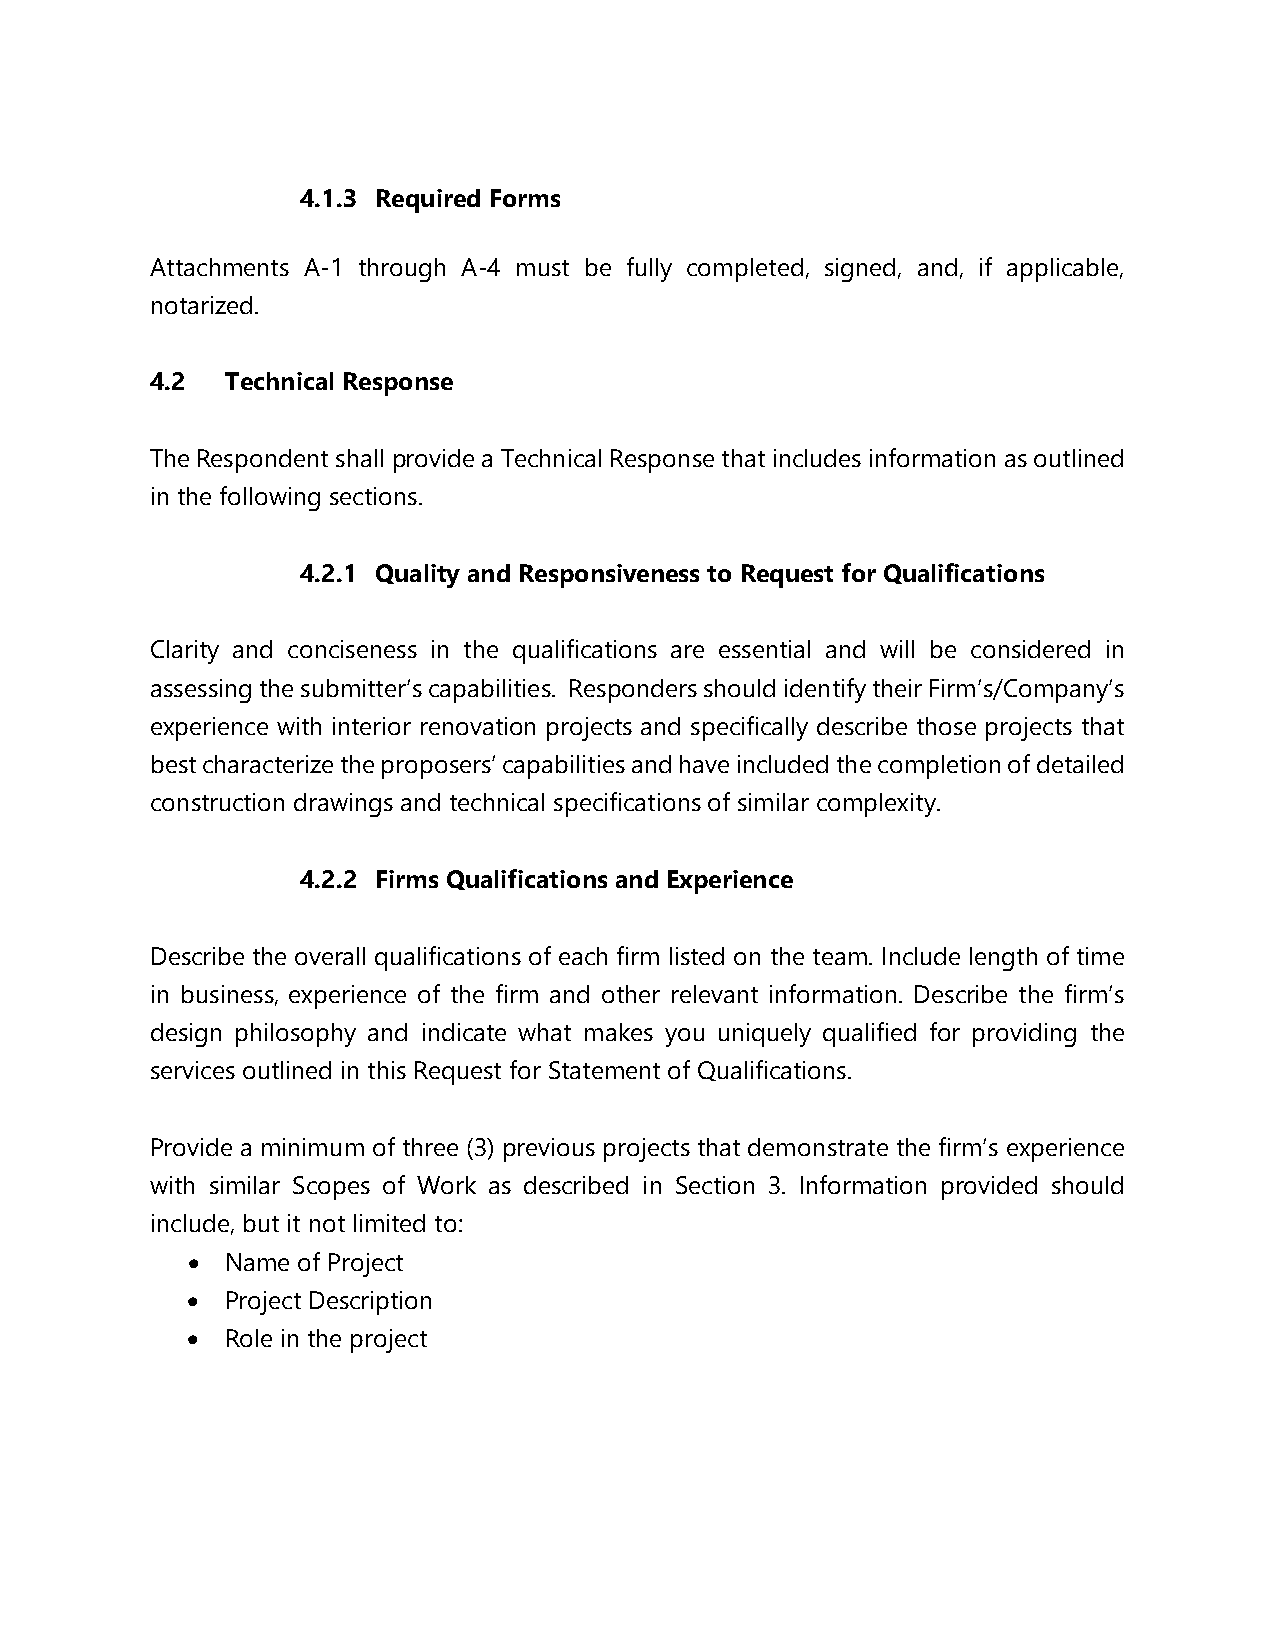
4.1.3 Required Forms
 Attachments A-1 through A-4 must be fully completed, signed, and, if applicable,
 notarized.
 4.2  Technical Response
 The Respondent shall provide a Technical Response that includes information as outlined
 in the following sections.
 4.2.1 Quality and Responsiveness to Request for Qualifications
 Clarity and conciseness in the qualifications are essential and will be considered in
 assessing the submitter’s capabilities. Responders should identify their Firm’s/Company’s
 experience with interior renovation projects and specifically describe those projects that
 best characterize the proposers’ capabilities and have included the completion of detailed
 construction drawings and technical specifications of similar complexity.
 4.2.2 Firms Qualifications and Experience
 Describe the overall qualifications of each firm listed on the team. Include length of time
 in business, experience of the firm and other relevant information. Describe the firm’s
 design philosophy and indicate what makes you uniquely qualified for providing the
 services outlined in this Request for Statement of Qualifications.
 Provide a minimum of three (3) previous projects that demonstrate the firm’s experience
 with similar Scopes of Work as described in Section 3. Information provided should
 include, but it not limited to:
 •  Name of Project
 •  Project Description
 •  Role in the project